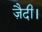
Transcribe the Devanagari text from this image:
ज़ैदी।